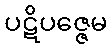
ပဋိပဇ္ဇေမ